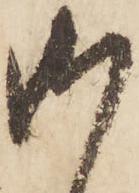
御